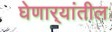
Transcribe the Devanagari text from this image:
घेणार्‍यांतील